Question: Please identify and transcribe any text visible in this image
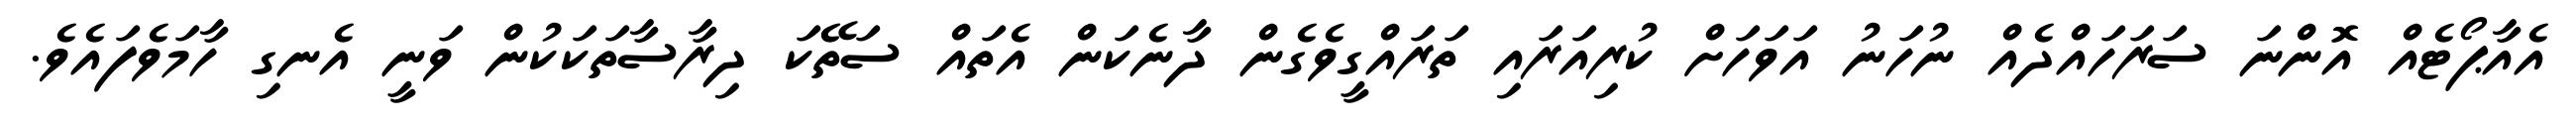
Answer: އެއާޕޯޓެއް އޮންނަ ސަރަހައްދެއް ނުހަނު އަވަހަށް ކުރިއަރައި ތަރައްގީވެގެން ދާނެކަން އެތައް ސަތޭކަ ދިރާސާތަކަކުން ވަނީ އެނގި ހާމަވެފައެވެ.